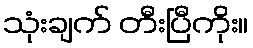
သုံးချက် တီးပြီကိုး။